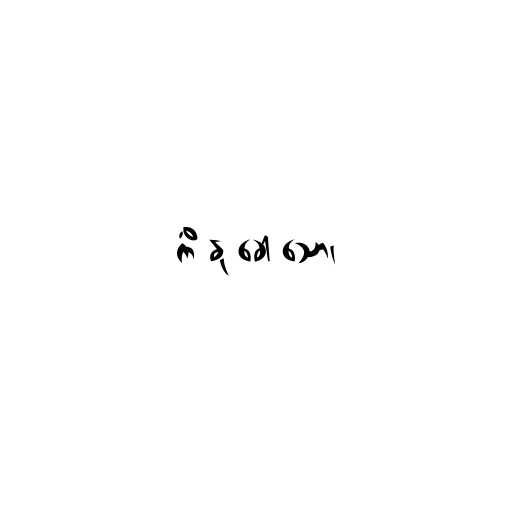
ကိံ နု ခေါ သော၊